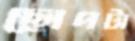
ছোপটা